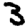
Digit: 3